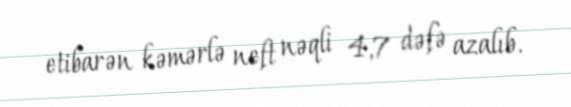
etibarən kəmərlə neft nəqli 4,7 dəfə azalıb.